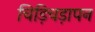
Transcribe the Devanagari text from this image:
चिड़िचड़ापन